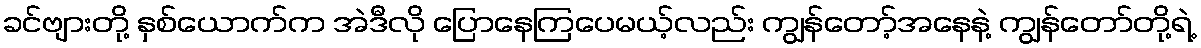
ခင်ဗျားတို့ နှစ်ယောက်က အဲဒီလို ပြောနေကြပေမယ့်လည်း ကျွန်တော့်အနေနဲ့ ကျွန်တော်တို့ရဲ့